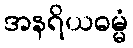
အနရိယဓမ္မံ